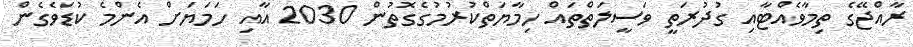
ރާއްޖޭގެ ތިމާވެއްޓާއި ގުދުރަތީ ވަސީލަތްތައް ހިމާޔަތްކުރުމުގެގޮތުން 2030 އާއި ހަމަޔަށް އެންމެ ކުޑަވެގެން